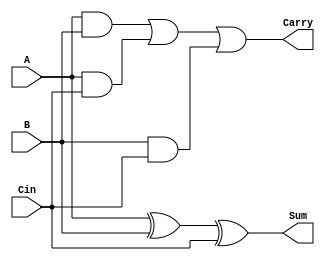
module full_adder(
    input A,
    input B,
    input Cin,
    output Sum,
    output Carry
    );
   
    assign Sum = (A ^ B ^ Cin);
    assign Carry = ((A & B) | (A & Cin) | (B & Cin));
endmodule